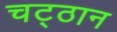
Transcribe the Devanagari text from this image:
चट्ठान